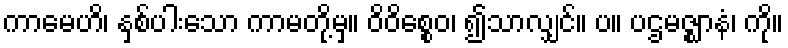
ကာမေဟိ၊ နှစ်ပါးသော ကာမတို့မှ။ ဝိဝိစ္စေဝ၊ ၍သာလျှင်။ ပ။ ပဌမဇ္ဈာနံ၊ ကို။